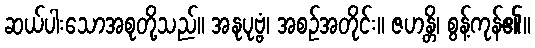
ဆယ်ပါးသောအစုတို့သည်။ အနုပုဗ္ဗံ၊ အစဉ်အတိုင်း။ ဇဟန္တိ၊ စွန့်ကုန်၏။